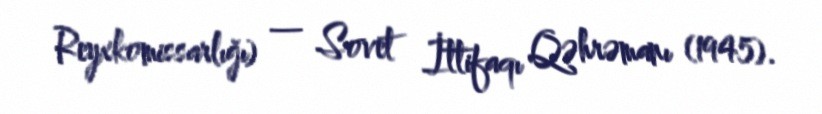
Reyxkomissarlığı) — Sovet İttifaqı Qəhrəmanı (1945).